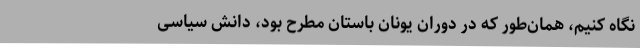
نگاه کنیم، همان‌طور که در دوران یونان باستان مطرح بود، دانش سیاسی